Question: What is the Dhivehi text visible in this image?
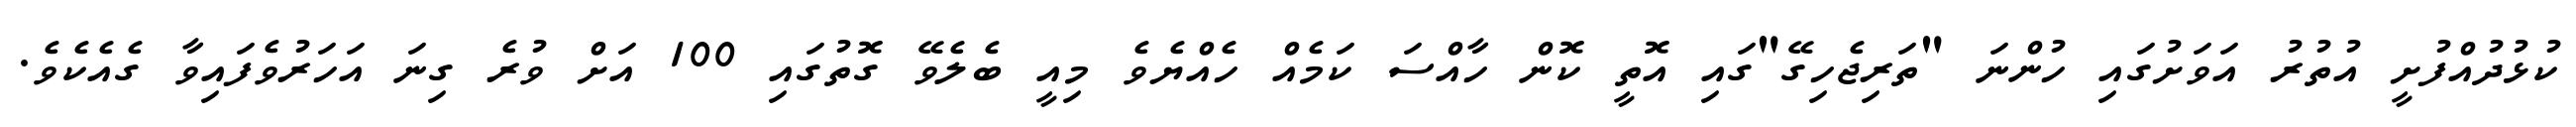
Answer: ކުޅުދުއްފުށީ އުތުރު އަވަށުގައި ހުންނަ "ތަރިޖެހިގޭ"ގައި އޮތީ ކޮން ހާއްސަ ކަމެއް ހެއްޔެވެ މިއީ ބެލެވޭ ގޮތުގައި 100 އަށް ވުރެ ގިނަ އަހަރުވެފައިވާ ގެއެކެވެ.